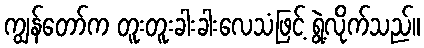
ကျွန်တော်က တူးတူးခါးခါးလေသံဖြင့် ရွဲ့လိုက်သည်။